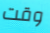
وقت